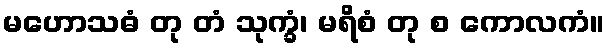
မဟောသဓံ တု တံ သုက္ခံ၊ မရိစံ တု စ ကောလကံ။